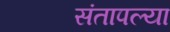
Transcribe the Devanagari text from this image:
संतापल्या